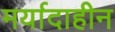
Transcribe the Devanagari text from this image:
मर्यादाहीन